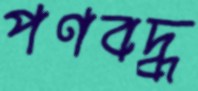
পণবদ্ধ